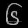
Digit: ၆